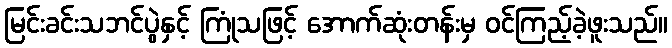
မြင်းခင်းသဘင်ပွဲနှင့် ကြုံသဖြင့် အောက်ဆုံးတန်းမှ ဝင်ကြည့်ခဲ့ဖူးသည်။